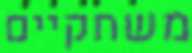
משחקיים